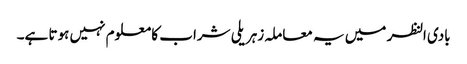
بادی النظر میں یہ معاملہ زہریلی شراب کا معلوم نہیں ہوتا ہے۔